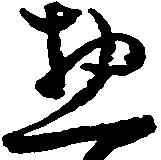
惣